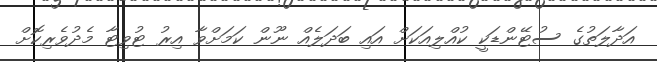
އަދާލަތުގެ ސުޓޭންޑަކީ ކުއްލިއަކަށް އައި ބަދަލެއް ނޫން ކަމަށްވާ އިރު ޓުވިޓާ މެދުވެރިކޮށް